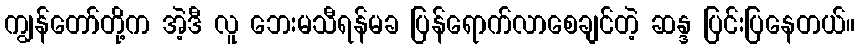
ကျွန်တော်တို့က အဲ့ဒီ လူ ဘေးမသီရန်မခ ပြန်ရောက်လာစေချင်တဲ့ ဆန္ဒ ပြင်းပြနေတယ်။